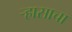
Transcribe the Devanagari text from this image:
र्‍हासाचा